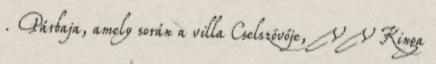
. Párbaja, amely során a villa Cselszövője, VV Kinga